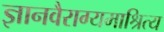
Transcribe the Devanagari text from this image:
ज्ञानवैराग्यमाश्रित्य